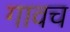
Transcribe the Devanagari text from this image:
गावच